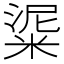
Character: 𥺜